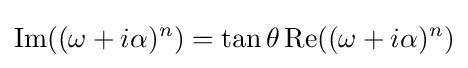
\operatorname {Im} ((\omega +i\alpha )^{n})=\tan \theta \operatorname {Re} ((\omega +i\alpha )^{n})